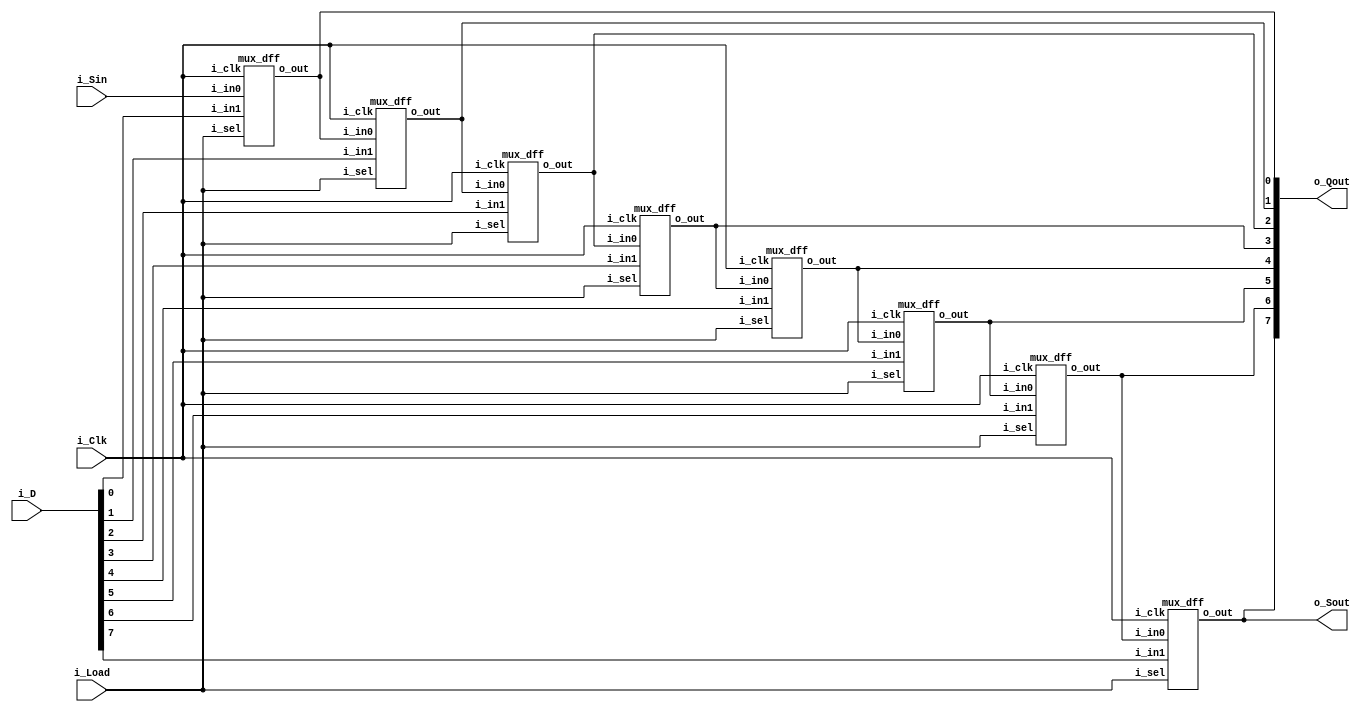
// ==================================================
//	[ ZARAM OJT. ]
//	* Author		: Seok Jin Son (sonsj98@zaram.com)
//	* Filename		: shift_register.v
//	* Date			: 2024-07-01 16:54:57
//	* Description	:
// ==================================================

module shift_register 
(
	output					o_Sout,
	output		[8-1:0]		o_Qout,
	input		[8-1:0] 	i_D,
	input					i_Load,
	input					i_Sin,
	input					i_Clk
);

	mux_dff
	u_mux_dff_0(
	.o_out				(o_Qout[0]			),
	.i_in0				(i_Sin				),
	.i_in1				(i_D[0]				),
	.i_sel				(i_Load				),
	.i_clk				(i_Clk				)
	);

	mux_dff
	u_mux_dff_1(
	.o_out				(o_Qout[1]			),
	.i_in0				(o_Qout[0]			),
	.i_in1				(i_D[1]				),
	.i_sel				(i_Load				),
	.i_clk				(i_Clk				)
	);

	mux_dff
	u_mux_dff_2(
	.o_out				(o_Qout[2]			),
	.i_in0				(o_Qout[1]			),
	.i_in1				(i_D[2]				),
	.i_sel				(i_Load				),
	.i_clk				(i_Clk				)
	);

	mux_dff
	u_mux_dff_3(
	.o_out				(o_Qout[3]			),
	.i_in0				(o_Qout[2]			),
	.i_in1				(i_D[3]				),
	.i_sel				(i_Load				),
	.i_clk				(i_Clk				)
	);

	mux_dff
	u_mux_dff_4(
	.o_out				(o_Qout[4]			),
	.i_in0				(o_Qout[3]			),
	.i_in1				(i_D[4]				),
	.i_sel				(i_Load				),
	.i_clk				(i_Clk				)
	);

	mux_dff
	u_mux_dff_5(
	.o_out				(o_Qout[5]			),
	.i_in0				(o_Qout[4]			),
	.i_in1				(i_D[5]				),
	.i_sel				(i_Load				),
	.i_clk				(i_Clk				)
	);

	mux_dff
	u_mux_dff_6(
	.o_out				(o_Qout[6]			),
	.i_in0				(o_Qout[5]			),
	.i_in1				(i_D[6]				),
	.i_sel				(i_Load				),
	.i_clk				(i_Clk				)
	);

	mux_dff
	u_mux_dff_7(
	.o_out				(o_Qout[7]			),
	.i_in0				(o_Qout[6]			),
	.i_in1				(i_D[7]				),
	.i_sel				(i_Load				),
	.i_clk				(i_Clk				)
	);

	assign o_Sout = o_Qout[7];
	
endmodule



module mux_dff
(
	output	reg	o_out,
	input		i_in0,
	input		i_in1,
	input		i_sel,
	input		i_clk
);
	
	wire	w_mux_out;
	
	assign	w_mux_out = i_sel ? i_in1 : i_in0;

	always @ (posedge i_clk) begin
		o_out = w_mux_out;
	end

endmodule